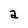
Character: a